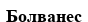
Болванес